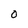
Character: 0